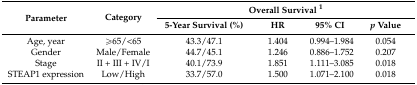
| <ROWSPAN=2> Parameter | <ROWSPAN=2> Category | <COLSPAN=4> Overall Survival 1 |
 | 5-Year Survival (%) | HR | 95% CI | p Value |
 | --- | --- | --- | --- | --- | --- |
 | Age, year | ≥65/<65 | 43.3/47.1 | 1.404 | 0.994–1.984 | 0.054 |
 | Gender | Male/Female | 44.7/45.1 | 1.246 | 0.886–1.752 | 0.207 |
 | Stage | II + III + IV/I | 40.1/73.9 | 1.851 | 1.111–3.085 | 0.018 |
 | STEAP1 expression | Low/High | 33.7/57.0 | 1.500 | 1.071–2.100 | 0.018 |